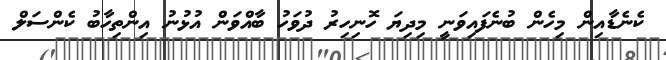
ކެނެޑާއިން މިހެން ބުނެފައިވަނީ މިދިޔަ ހޮނިހިރު ދުވަހު ބާއްވަން އުޅުނު އިންތިހާބު ކެންސަލް